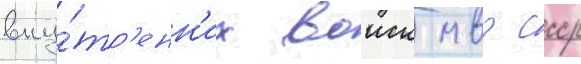
вну́тр'енн'их воиск мвд ссср